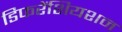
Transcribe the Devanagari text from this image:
डिफरेंशियशन